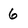
Character: 6